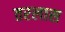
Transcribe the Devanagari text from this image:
तरलास